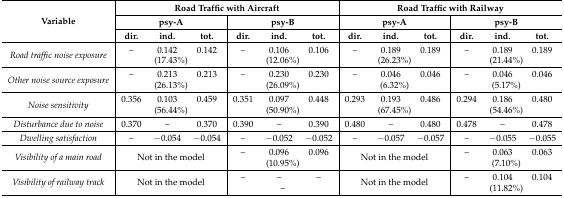
<table><thead><tr><td rowspan="3"><b>Variable</b></td><td colspan="6"><b>Road Traffic with Aircraft</b></td><td colspan="6"><b>Road Traffic with Railway</b></td></tr><tr><td colspan="3"><b>psy-A</b></td><td colspan="3"><b>psy-B</b></td><td colspan="3"><b>psy-A</b></td><td colspan="3"><b>psy-B</b></td></tr><tr><td><b>dir.</b></td><td><b>ind.</b></td><td><b>tot.</b></td><td><b>dir.</b></td><td><b>ind.</b></td><td><b>tot.</b></td><td><b>dir.</b></td><td><b>ind.</b></td><td><b>tot.</b></td><td><b>dir.</b></td><td><b>ind.</b></td><td><b>tot.</b></td></tr></thead><tbody><tr><td rowspan="2"><i>Road traffic noise exposure</i></td><td>–</td><td>0.142</td><td>0.142</td><td>–</td><td>0.106</td><td>0.106</td><td>–</td><td>0.189</td><td>0.189</td><td>–</td><td>0.189</td><td>0.189</td></tr><tr><td colspan="3">(17.43%)</td><td colspan="3">(12.06%)</td><td colspan="3">(26.23%)</td><td colspan="3">(21.44%)</td></tr><tr><td rowspan="2"><i>Other noise source exposure</i></td><td>–</td><td>0.213</td><td>0.213</td><td>–</td><td>0.230</td><td>0.230</td><td>–</td><td>0.046</td><td>0.046</td><td>–</td><td>0.046</td><td>0.046</td></tr><tr><td colspan="3">(26.13%)</td><td colspan="3">(26.09%)</td><td colspan="3">(6.32%)</td><td colspan="3">(5.17%)</td></tr><tr><td rowspan="2"><i>Noise sensitivity</i></td><td>0.356</td><td>0.103</td><td>0.459</td><td>0.351</td><td>0.097</td><td>0.448</td><td>0.293</td><td>0.193</td><td>0.486</td><td>0.294</td><td>0.186</td><td>0.480</td></tr><tr><td colspan="3">(56.44%)</td><td colspan="3">(50.90%)</td><td colspan="3">(67.45%)</td><td colspan="3">(54.46%)</td></tr><tr><td><i>Disturbance due to noise</i></td><td>0.370</td><td>–</td><td>0.370</td><td>0.390</td><td>–</td><td>0.390</td><td>0.480</td><td>–</td><td>0.480</td><td>0.478</td><td>–</td><td>0.478</td></tr><tr><td><i>Dwelling satisfaction</i></td><td>–</td><td>−0.054</td><td>−0.054</td><td>–</td><td>−0.052</td><td>−0.052</td><td>–</td><td>−0.057</td><td>−0.057</td><td>–</td><td>−0.055</td><td>−0.055</td></tr><tr><td rowspan="2"><i>Visibility of a main road</i></td><td rowspan="2" colspan="3">Not in the model</td><td>–</td><td>0.096</td><td>0.096</td><td rowspan="2" colspan="3">Not in the model</td><td>–</td><td>0.063</td><td>0.063</td></tr><tr><td colspan="3">(10.95%)</td><td colspan="3">(7.10%)</td></tr><tr><td rowspan="2"><i>Visibility of railway track</i></td><td rowspan="2" colspan="3">Not in the model</td><td>–</td><td>–</td><td>–</td><td rowspan="2" colspan="3">Not in the model</td><td>–</td><td>0.104</td><td>0.104</td></tr><tr><td colspan="3">–</td><td colspan="3">(11.82%)</td></tr></tbody></table>